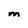
Character: M